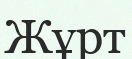
Жұрт